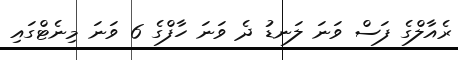
ރެއާލްގެ ފަސް ވަނަ ލަނޑު ދެ ވަނަ ހާފްގެ 6 ވަނަ މިނެޓްގައި